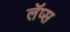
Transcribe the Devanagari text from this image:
लॅप्स